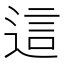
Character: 這